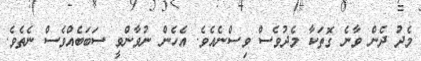
މެދު ދެން ވާނެ ގޮތަކާ މެދުވެސް ވިސްނެއެވެ. އެހެން ނުވާންވީ ސަބަބެއްވެސް ނެތެވެ.